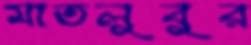
মাতলুবুর